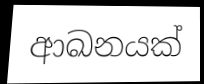
ආඛනයක්